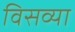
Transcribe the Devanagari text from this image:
विसव्या